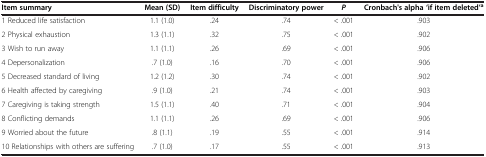
| Item summary | Mean (SD) | Item difficulty | Discriminatory power | P | Cronbach's alpha ‘if item deleted’a |
 | --- | --- | --- | --- | --- | --- |
 | 1 Reduced life satisfaction | 1.1 (1.0) | .24 | .74 | < .001 | .903 |
 | 2 Physical exhaustion | 1.3 (1.1) | .32 | .75 | < .001 | .902 |
 | 3 Wish to run away | 1.1 (1.1) | .26 | .69 | < .001 | .906 |
 | 4 Depersonalization | .7 (1.0) | .16 | .70 | < .001 | .906 |
 | 5 Decreased standard of living | 1.2 (1.2) | .30 | .74 | < .001 | .902 |
 | 6 Health affected by caregiving | .9 (1.0) | .21 | .74 | < .001 | .903 |
 | 7 Caregiving is taking strength | 1.5 (1.1) | .40 | .71 | < .001 | .904 |
 | 8 Conflicting demands | 1.1 (1.1) | .26 | .69 | < .001 | .906 |
 | 9 Worried about the future | .8 (1.1) | .19 | .55 | < .001 | .914 |
 | 10 Relationships with others are suffering | .7 (1.0) | .17 | .55 | < .001 | .913 |